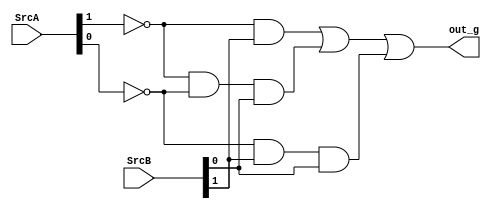
module comp_2x2_st (
	input [2:0] SrcA,
	input [2:0] SrcB,

	output out_g
);

	wire and_1, and_2, and_3;
	and u0(and_1, ~SrcA[1], SrcB[1]);
	and u1(and_2, ~SrcA[1], ~SrcA[0], SrcB[0]);
	and u2(and_3, ~SrcA[0], SrcB[1], SrcB[0]);
	or  u3(out_g, and_1, and_2, and_3);
endmodule